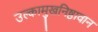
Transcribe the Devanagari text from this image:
उल्कामुखनिष्ठावान